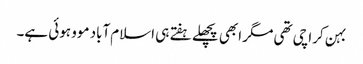
بہن کراچی تھی مگر ابھی پچھلے ہفتے ہی اسلام‌آباد موو ہوئی ہے۔